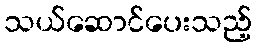
သယ်ဆောင်ပေးသည့်